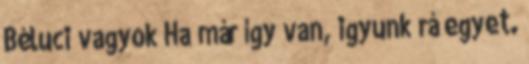
Béluci vagyok Ha már így van, igyunk rá egyet.